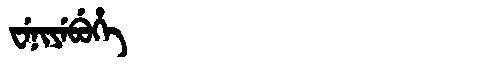
Manchu: ᠸᡝᠨᡳᠶᡝᠪᡠᡥᡝ
Romanization: WENIYEBUHE